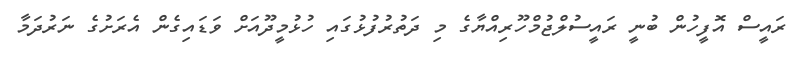
ރައީސް އޮފީހުން ބުނީ ރައީސުލްޖުމްހޫރިއްޔާގެ މި ދަތުރުފުޅުގައި ހުޅުމީދޫއަށް ވަޑައިގެން އެރަށުގެ ނަރުދަމާ